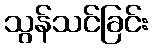
သွန်သင်ခြင်း